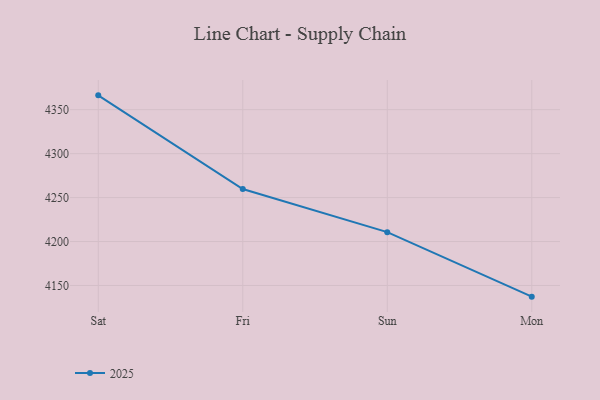
{"axis": {"x": "Day", "y": "Conversion Rate (%)"}, "legend": ["2025"], "data": [{"x": "Sat", "y": 4366.3, "type": "2025"}, {"x": "Fri", "y": 4259.7, "type": "2025"}, {"x": "Sun", "y": 4210.7, "type": "2025"}, {"x": "Mon", "y": 4137.3, "type": "2025"}]}